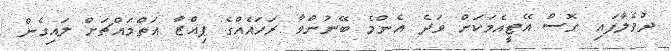
ދުވެލާފައި ގޮސް އޭޓީއެމަކަށް ވަދެ އެންމެ ބޭނުންވާ ރަހައެއްގެ ޕިއްޒާ އަތްމައްޗަށް ލައިގެން